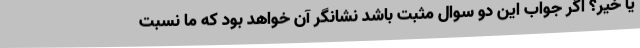
یا خیر؟ اگر جواب این دو سوال مثبت باشد نشانگر آن خواهد بود که ما نسبت